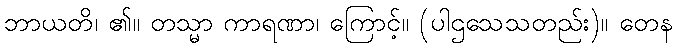
ဘာယတိ၊ ၏။ တသ္မာ ကာရဏာ၊ ကြောင့်။ (ပါဌသေသတည်း)။ တေန